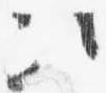
次